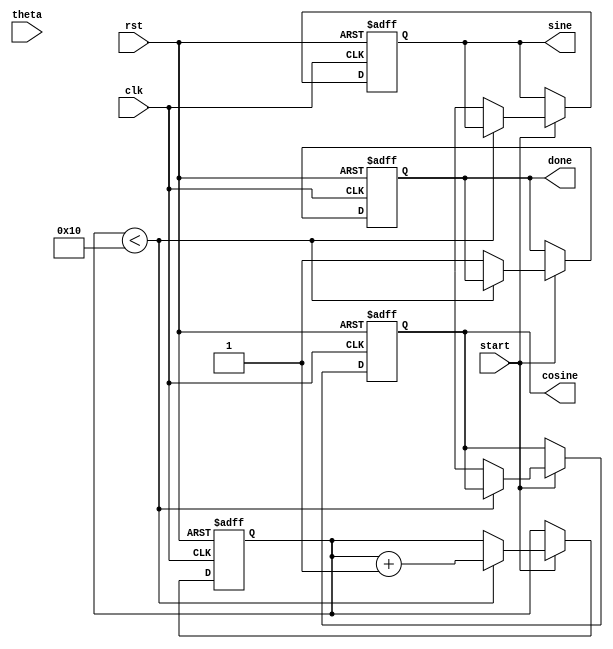
module cordic_rotational (
    input wire clk,
    input wire rst,
    input wire [15:0] theta, // Angle input in fixed-point format
    input wire start, // Signal to start computation
    output reg [15:0] sine, // Sine output
    output reg [15:0] cosine, // Cosine output
    output reg done // Computation done flag
);

    // Parameters
    parameter NUM_ITERATIONS = 16; // Number of iterations
    parameter FIXED_POINT_FRACTIONAL_BITS = 14; // Fractional bits for fixed-point representation
    parameter CORDIC_K = 16'h26DD; // Scaling factor (K = 1/sqrt(1 + 2^(-2)))

    // Internal registers
    reg [15:0] x [0:NUM_ITERATIONS-1]; // X values
    reg [15:0] y [0:NUM_ITERATIONS-1]; // Y values
    reg [15:0] z [0:NUM_ITERATIONS-1]; // Angle values
    reg [3:0] iter; // Iteration counter
    reg [15:0] angle_table [0:NUM_ITERATIONS-1]; // Arctangent lookup table
    reg [15:0] x_next, y_next, z_next; // Next values for X, Y, Z

    // Initialize arctangent values (in fixed-point format)
    initial begin
        angle_table[0] = 16'h2000; // atan(2^0)
        angle_table[1] = 16'h1000; // atan(2^-1)
        angle_table[2] = 16'h0800; // atan(2^-2)
        angle_table[3] = 16'h0400; // atan(2^-3)
        angle_table[4] = 16'h0200; // atan(2^-4)
        angle_table[5] = 16'h0100; // atan(2^-5)
        angle_table[6] = 16'h0080; // atan(2^-6)
        angle_table[7] = 16'h0040; // atan(2^-7)
        angle_table[8] = 16'h0020; // atan(2^-8)
        angle_table[9] = 16'h0010; // atan(2^-9)
        angle_table[10] = 16'h0008; // atan(2^-10)
        angle_table[11] = 16'h0004; // atan(2^-11)
        angle_table[12] = 16'h0002; // atan(2^-12)
        angle_table[13] = 16'h0001; // atan(2^-13)
        angle_table[14] = 16'h0000; // atan(2^-14)
        angle_table[15] = 16'hFFFF; // atan(2^-15)
    end

    // Control logic
    always @(posedge clk or posedge rst) begin
        if (rst) begin
            iter <= 0;
            sine <= 0;
            cosine <= 0;
            done <= 0;
            x[0] <= CORDIC_K; // Initial X value
            y[0] <= 0; // Initial Y value
            z[0] <= theta; // Initial angle
        end else if (start) begin
            if (iter < NUM_ITERATIONS) begin
                // Determine direction (d_i)
                if (z[iter] < 0) begin
                    x_next = x[iter] + (y[iter] >> iter);
                    y_next = y[iter] - (x[iter] >> iter);
                    z_next = z[iter] + angle_table[iter];
                end else begin
                    x_next = x[iter] - (y[iter] >> iter);
                    y_next = y[iter] + (x[iter] >> iter);
                    z_next = z[iter] - angle_table[iter];
                end

                // Update registers for next iteration
                x[iter + 1] <= x_next;
                y[iter + 1] <= y_next;
                z[iter + 1] <= z_next;

                iter <= iter + 1;
            end else begin
                // Final output after iterations are complete
                sine <= y[NUM_ITERATIONS];
                cosine <= x[NUM_ITERATIONS];
                done <= 1; // Indicate computation is done
            end
        end
    end

endmodule